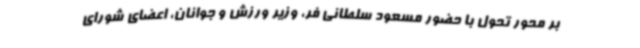
بر محور تحول با حضور مسعود سلطانی فر، وزیر ورزش و جوانان، اعضای شورای